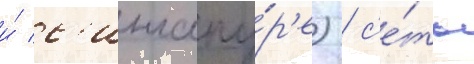
и́ с'ингапу́р'е) / с'е́ть